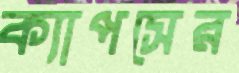
ক্যাপসের